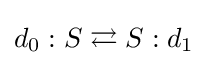
d_{0}:S\rightleftarrows S:d_{1}